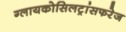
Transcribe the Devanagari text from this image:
ग्लायकोसिलट्रांसफरेज